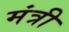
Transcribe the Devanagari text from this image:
मंत्री